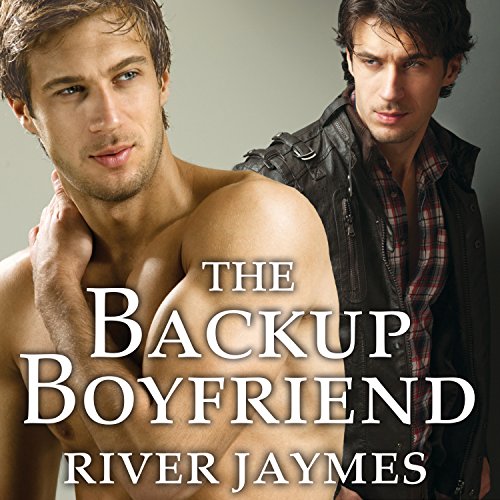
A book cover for The Backup Boyfriend: Boyfriend Chronicles Series, Book 1; River Jaymes; Romance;